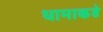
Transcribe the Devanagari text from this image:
धामाकडे